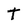
Character: T